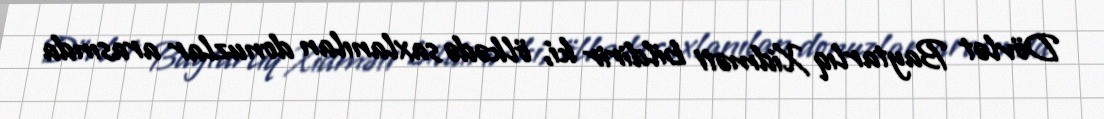
Dövlət Baytarlıq Xidməti bildirir ki, ölkədə saxlanılan donuzlar arasında